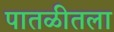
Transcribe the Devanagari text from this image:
पातळीतला